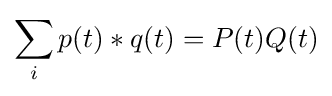
\sum _{i}p(t)*q(t)=P(t)Q(t)